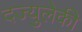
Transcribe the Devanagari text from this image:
दज्युलेकी